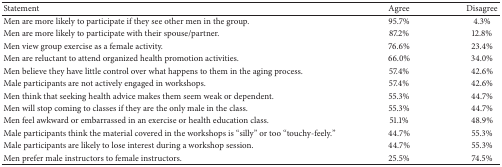
<table><thead><tr><td><b>Statement</b></td><td><b>Agree</b></td><td><b>Disagree</b></td></tr></thead><tbody><tr><td>Men are more likely to participate if they see other men in the group.</td><td>95.7%</td><td>4.3%</td></tr><tr><td>Men are more likely to participate with their spouse/partner.</td><td>87.2%</td><td>12.8%</td></tr><tr><td>Men view group exercise as a female activity.</td><td>76.6%</td><td>23.4%</td></tr><tr><td>Men are reluctant to attend organized health promotion activities.</td><td>66.0%</td><td>34.0%</td></tr><tr><td>Men believe they have little control over what happens to them in the aging process.</td><td>57.4%</td><td>42.6%</td></tr><tr><td>Male participants are not actively engaged in workshops.</td><td>57.4%</td><td>42.6%</td></tr><tr><td>Men think that seeking health advice makes them seem weak or dependent.</td><td>55.3%</td><td>44.7%</td></tr><tr><td>Men will stop coming to classes if they are the only male in the class.</td><td>55.3%</td><td>44.7%</td></tr><tr><td>Men feel awkward or embarrassed in an exercise or health education class.</td><td>51.1%</td><td>48.9%</td></tr><tr><td>Male participants think the material covered in the workshops is “silly” or too “touchy-feely.”</td><td>44.7%</td><td>55.3%</td></tr><tr><td>Male participants are likely to lose interest during a workshop session.</td><td>44.7%</td><td>55.3%</td></tr><tr><td>Men prefer male instructors to female instructors.</td><td>25.5%</td><td>74.5%</td></tr></tbody></table>